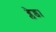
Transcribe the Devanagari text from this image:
ब्लेड।